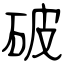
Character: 破